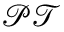
\mathcal { P T }